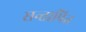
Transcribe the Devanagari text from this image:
सन्तापित